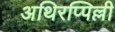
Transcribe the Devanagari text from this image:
अथिरप्पिल्ली